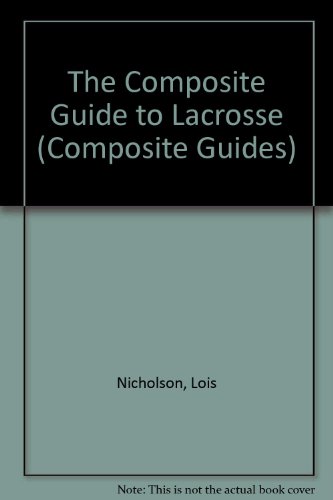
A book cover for Lacrosse (Composite Guides); Lois Nicholson; Sports & Outdoors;